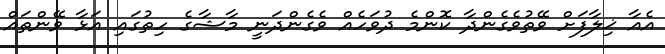
އެއާ ޚިލާފަށް ވޭތުވެގެންދާ ކޮންމެ ދުވަހެއް ވެގެންދަނީ މާޝާގެ ހިތުގައި އަޅާ ވޭންތައް